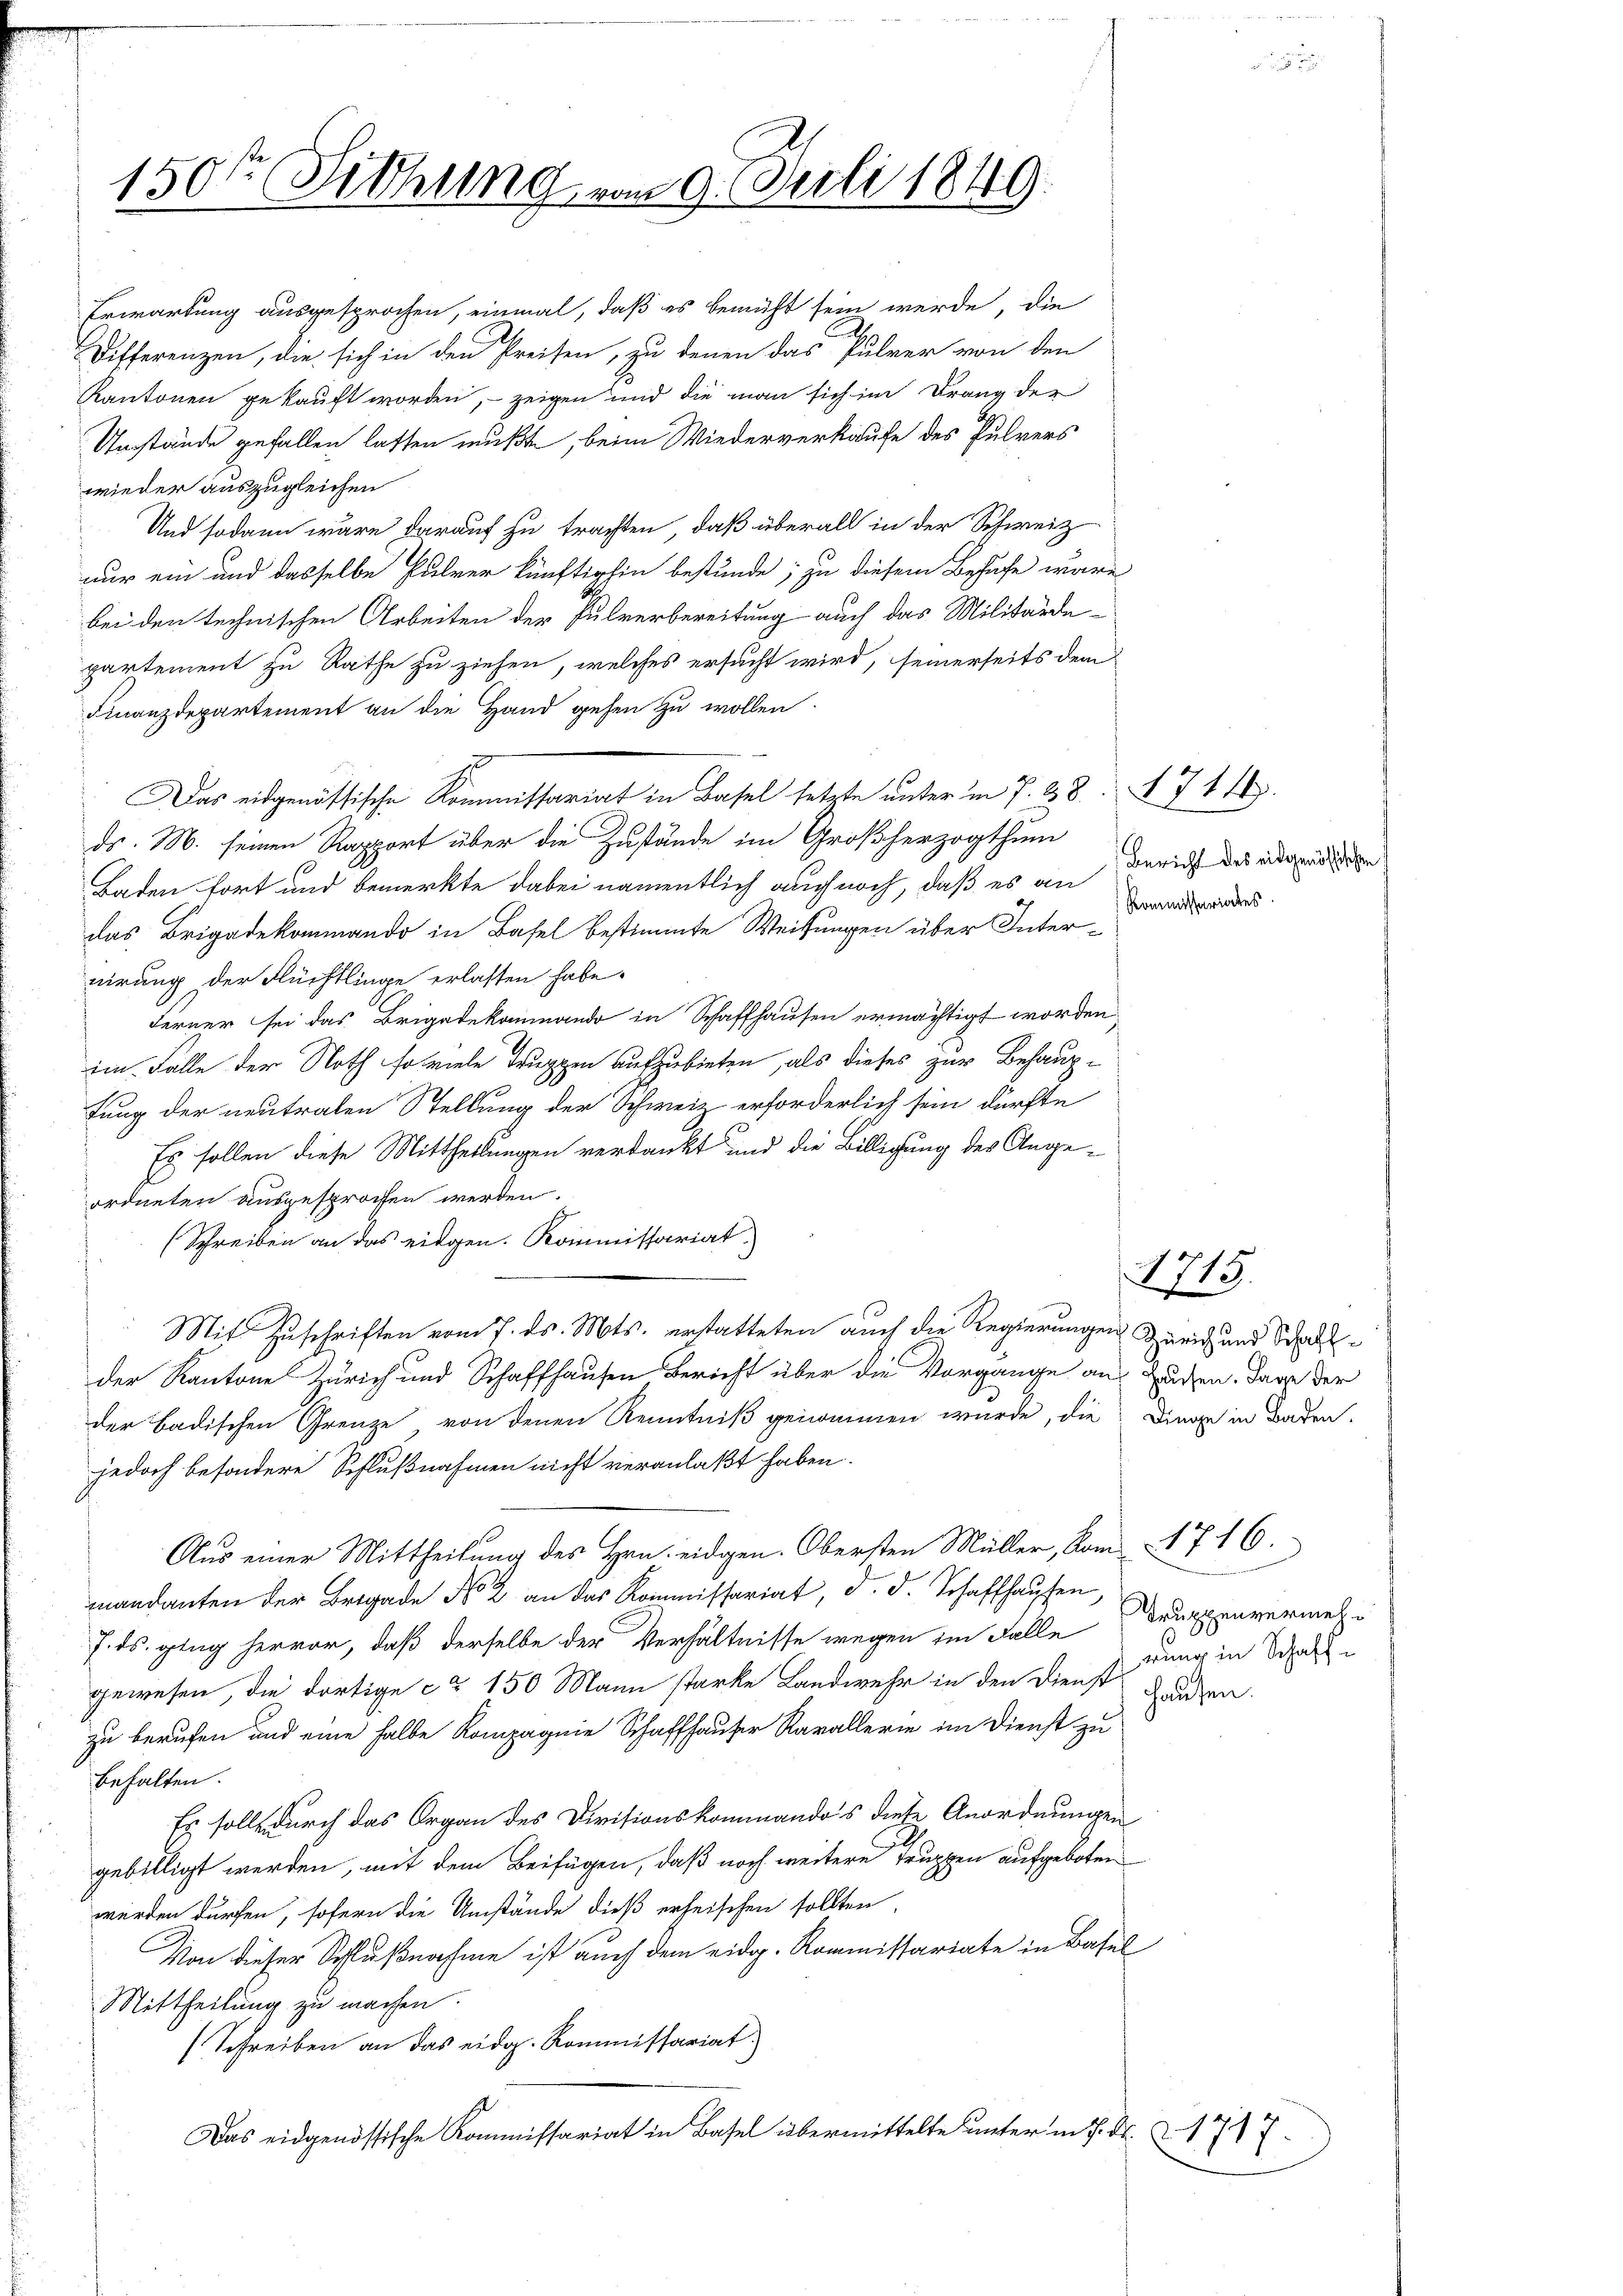
150sten Fithung vom 9. Juli 1849

Erwartung ausgesprochen, einmal, daß es bemüht sein werde, die
Differenzen, die sich in den Preisen, zu denen das Pulver von den
Kantonen gekauft worden, – zeigen und die man sich im Drang der
Umstände gefallen lassen mußte, beim Wiederverkaufe des Pulvers
wieder auszugleichen
Und sodann wäre darauf zu trachten, daß überall in der Schweiz
nur ein und dasselbe Pulver künftighin bestunde; zu diesem Behufe wäre
bei den technischen Arbeiten der Pulverbereitung auch das Militärde-
partement zu Rathe zu ziehen, welches ersucht wird, seinerseits dem
Finanzdepartement an die Hand gehen zu wollen.
ds. M. seinen Rapport über die Zustände im Großherzogthum
Baden fort und bemerkte dabei namentlich auch noch, daß es an
das Brigadekommando in Basel bestimmte Weisungen über Internirung der Flüchtlinge erlassen habe.
Ferner sei das Brigadekommando in Schaffhausen ermächtigt worden
im Falle der Noth so viele Truppen aufzubieten, als dieses zur Behaupfung der neutralen Stellung der Schweiz erforderlich sein dürfte
Es sollen diese Mittheilungen verdankt und die Billigung der Angeordneten ausgesprochen werden.
(Schreiben an das eidgen. Kommissariat
Mit Zuschriften vom 7. ds. Mts. erstatteten auch die Regierungen Zürich und Schulder Kantone Zürich und Schaffhausen Bericht über die Vorgänge aus Zusen. Dann der
der badischen Grenze von denen Kenntniß genommen wurde, die Dinge in Baden.
jedoch besondere Schlußnahmen nicht veranlaßt haben.
Aus einer Mittheilung des Hrn. eidgen. Obersten Müller, vom 4. 716.
mandanten der Brigade No 2 an das Kommissariat, d. d. Schaffhaŭsen,
7. ds. glug hervor, daß derselbe der Verhältnisse wegen im Falle Truppenvermehgewesen, die dortige ca 150 Mann starke Landwehr in den Dienst Graden.
zu berufen und eine halbe Kompagnie Schaffhauser Rarallerie im Dienst zu
behalten.
Es solle durch das Organ des Divisionskommandos diese Anordnungen
gebilligt werden, mit dem Beifügen, daß noch weitere Truppen aufgeboten
werden dürfen, sofern die Umstände dieß erheischen sollten,
Von dieser Schlußnahme ist auch dem eidg. Kommissariate in Basel
Mittheilung zu machen.
(Schreiben an das eidg. Kommissariat
Das eidgenössische Kommissariat in Basel übermittelte unter in P. Nr. 1717

Das eidgenössische Kommissariat in Basel setzte unter in P. 38. 711.

Bericht des eidgenössischen
Kommissariates.

715

s
rung in Schaff